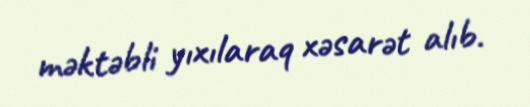
məktəbli yıxılaraq xəsarət alıb.